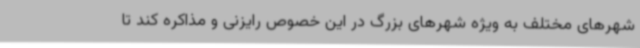
شهرهای مختلف به ویژه شهرهای بزرگ در این خصوص رایزنی و مذاکره کند تا